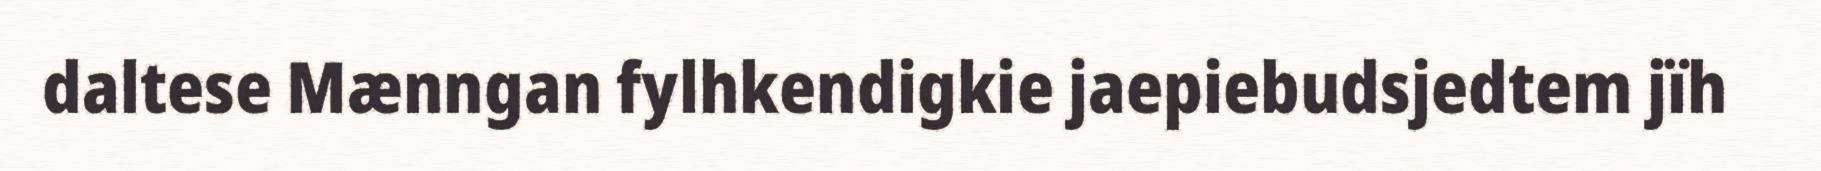
daltese Mænngan fylhkendigkie jaepiebudsjedtem jïh